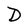
Character: D